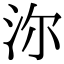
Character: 沵